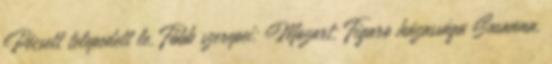
Pécsett telepedett le. Főbb szerepei: Mozart: Figaro házassága Susanna,